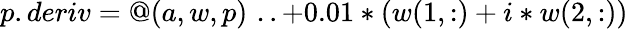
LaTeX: p.deriv=@(a,w,p)\, \, ..+0.01*(w(1,:)+i*w(2,:))